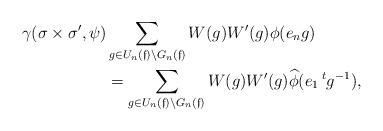
LaTeX: \begin{align*}\gamma(\sigma \times \sigma^\prime, \psi) & \sum_{g \in U_n(\mathfrak{f}) \backslash G_n(\mathfrak{f})} W(g)W^\prime(g)\phi(e_n g) \\&= \sum_{g \in U_n(\mathfrak{f}) \backslash G_n(\mathfrak{f})}W(g)W^\prime(g)\widehat{\phi}(e_1\, ^tg^{-1}),\end{align*}